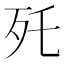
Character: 𣧃